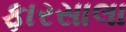
ફારસાલા